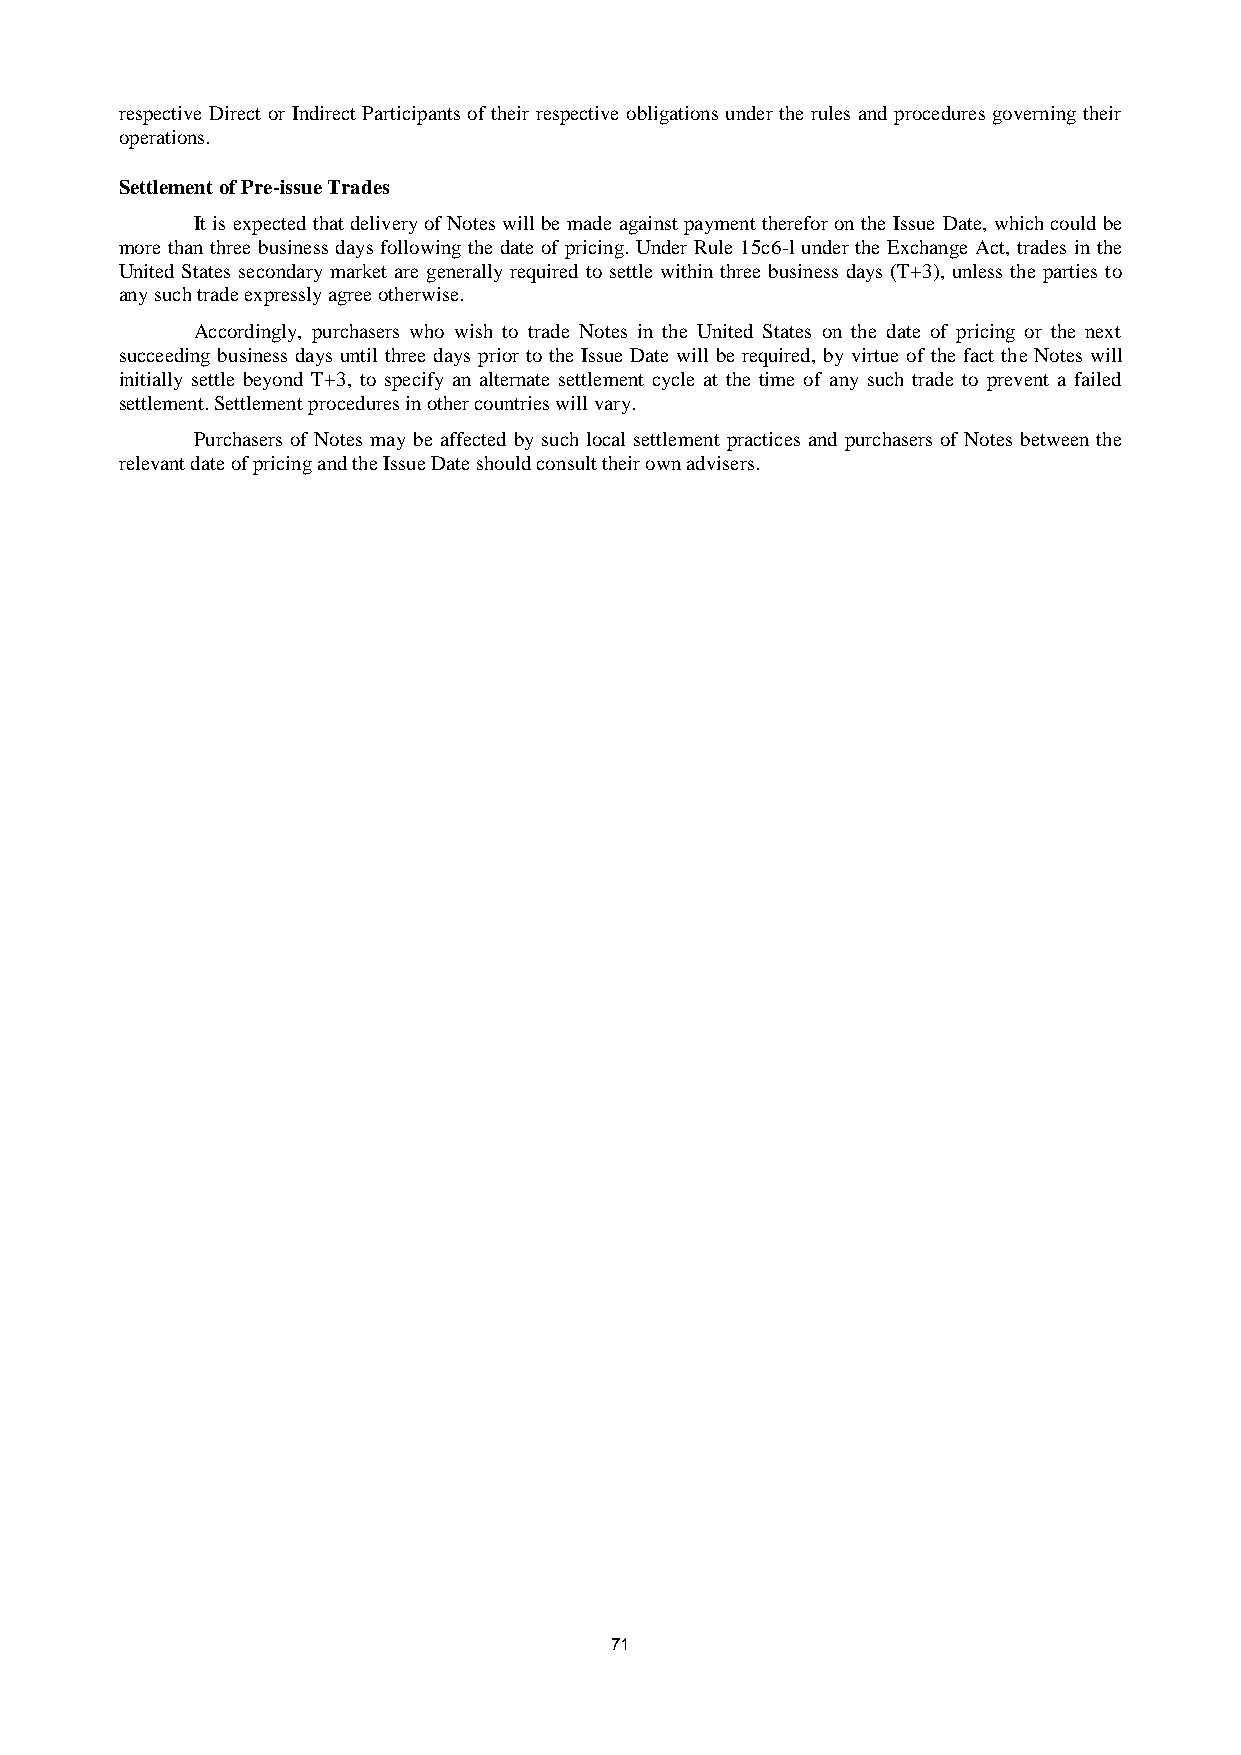
respective Direct or Indirect Participants of their respective obligations under the rules and procedures governing their
 operations.
 Settlement of Pre-issue Trades
 It is expected that delivery of Notes will be made against payment therefor on the Issue Date, which could be
 more than three business days following the date of pricing. Under Rule 15c6-l under the Exchange Act, trades in the
 United States secondary market are generally required to settle within three business days (T+3), unless the parties to
 any such trade expressly agree otherwise.
 Accordingly, purchasers who wish to trade Notes in the United States on the date of pricing or the next
 succeeding business days until three days prior to the Issue Date will be required, by virtue of the fact the Notes will
 initially settle beyond T+3, to specify an alternate settlement cycle at the time of any such trade to prevent a failed
 settlement. Settlement procedures in other countries will vary.
 Purchasers of Notes may be affected by such local settlement practices and purchasers of Notes between the
 relevant date of pricing and the Issue Date should consult their own advisers.
 71